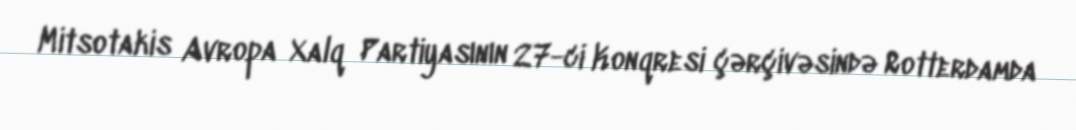
Mitsotakis Avropa Xalq Partiyasının 27-ci Konqresi çərçivəsində Rotterdamda